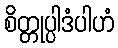
စိတ္တုပ္ပါဒံပါဟံ